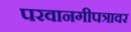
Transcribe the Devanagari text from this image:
परवानगीपत्रावर